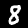
Digit: 8